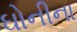
ઘોનીના